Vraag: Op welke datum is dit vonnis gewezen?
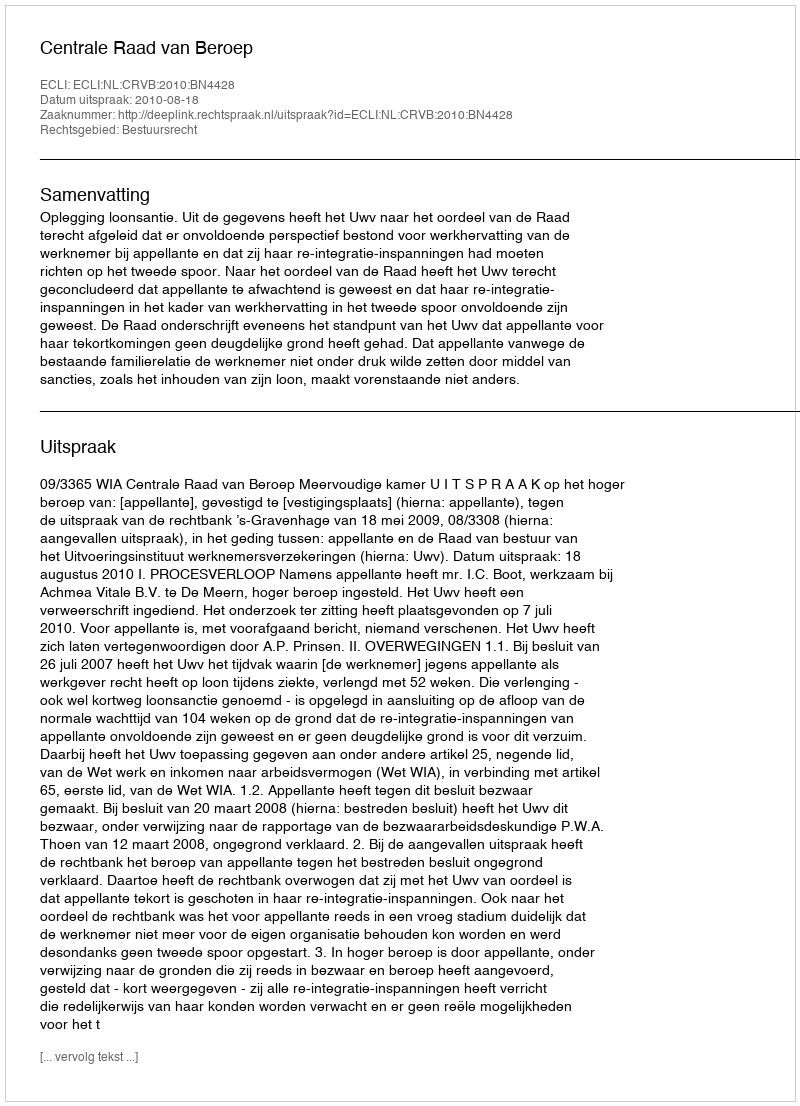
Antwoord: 2010-08-18